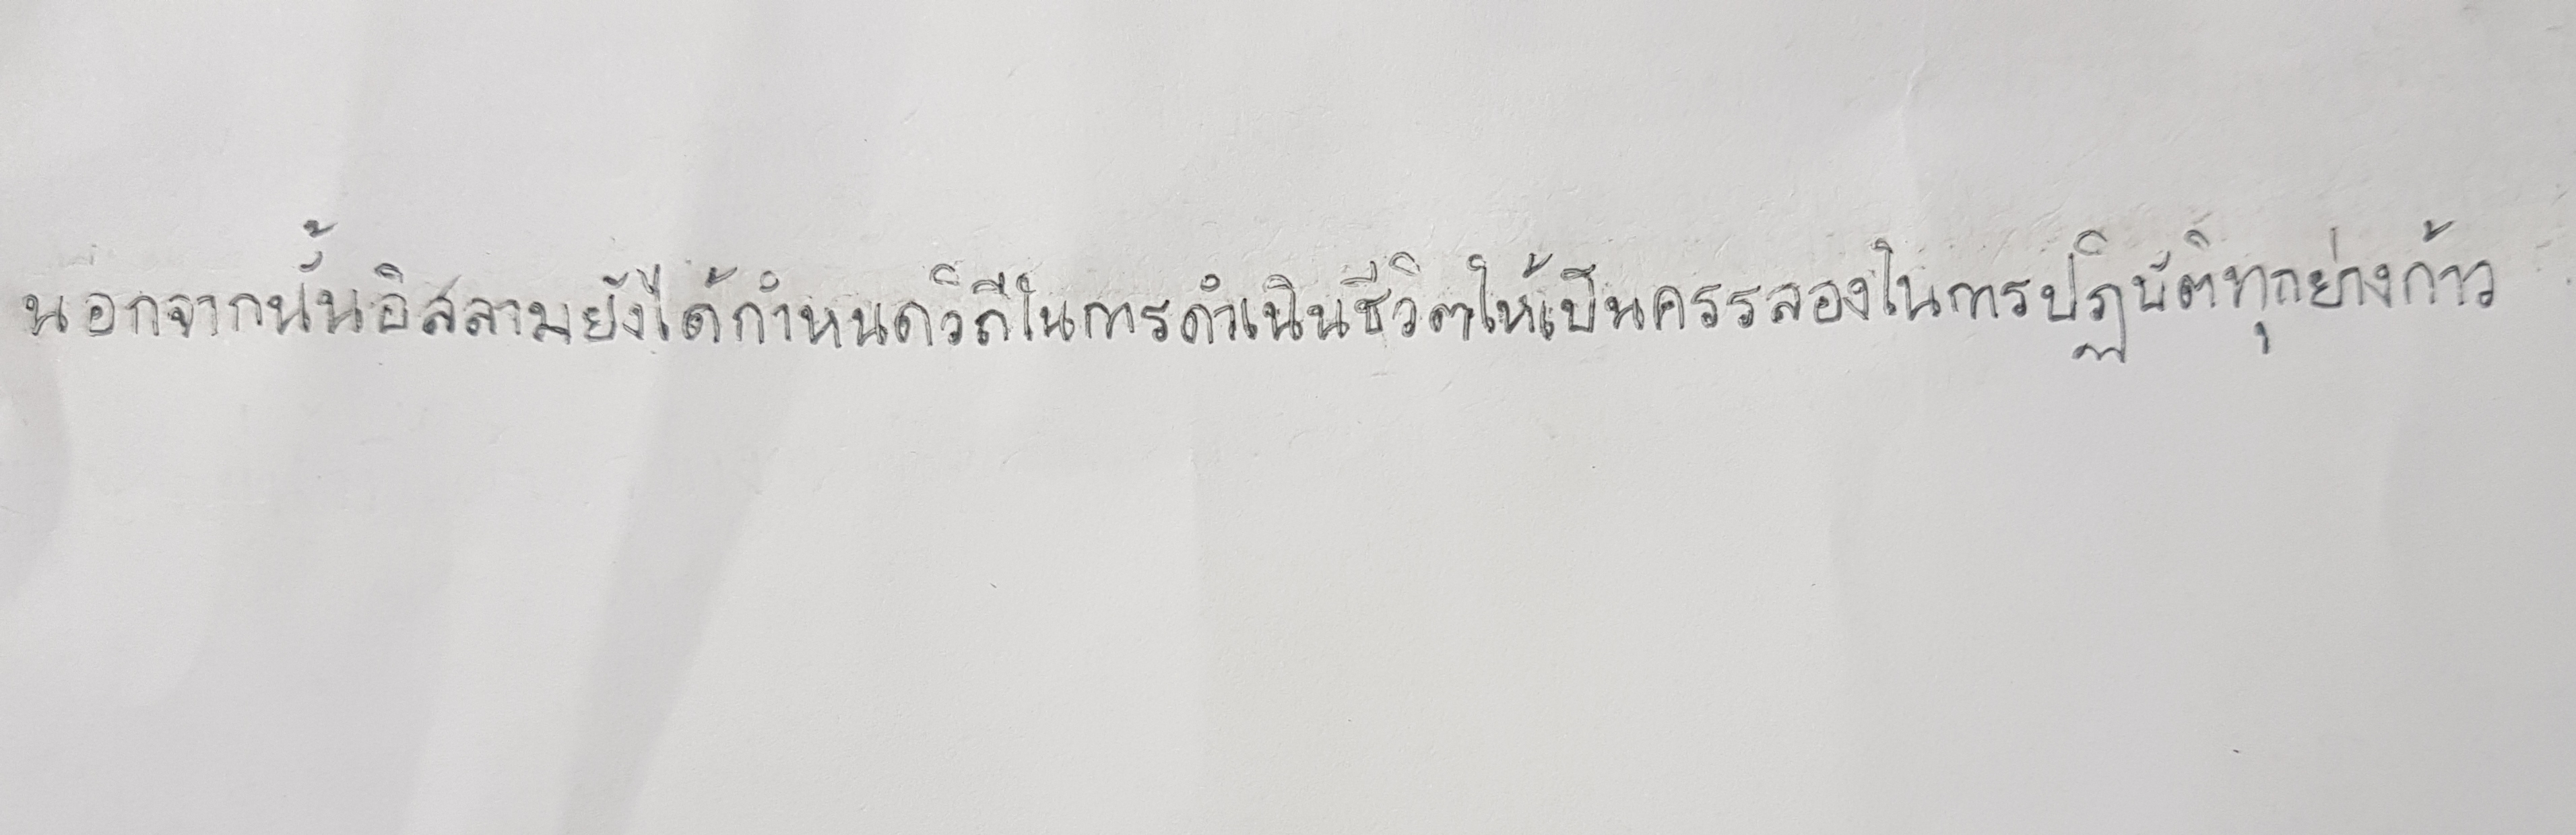
นอกจากนั้นอิสลามยังได้กำหนดวิถีในการดำเนินชีวิตให้เป็นครรลองในการปฏิบัติทุกย่างก้าว